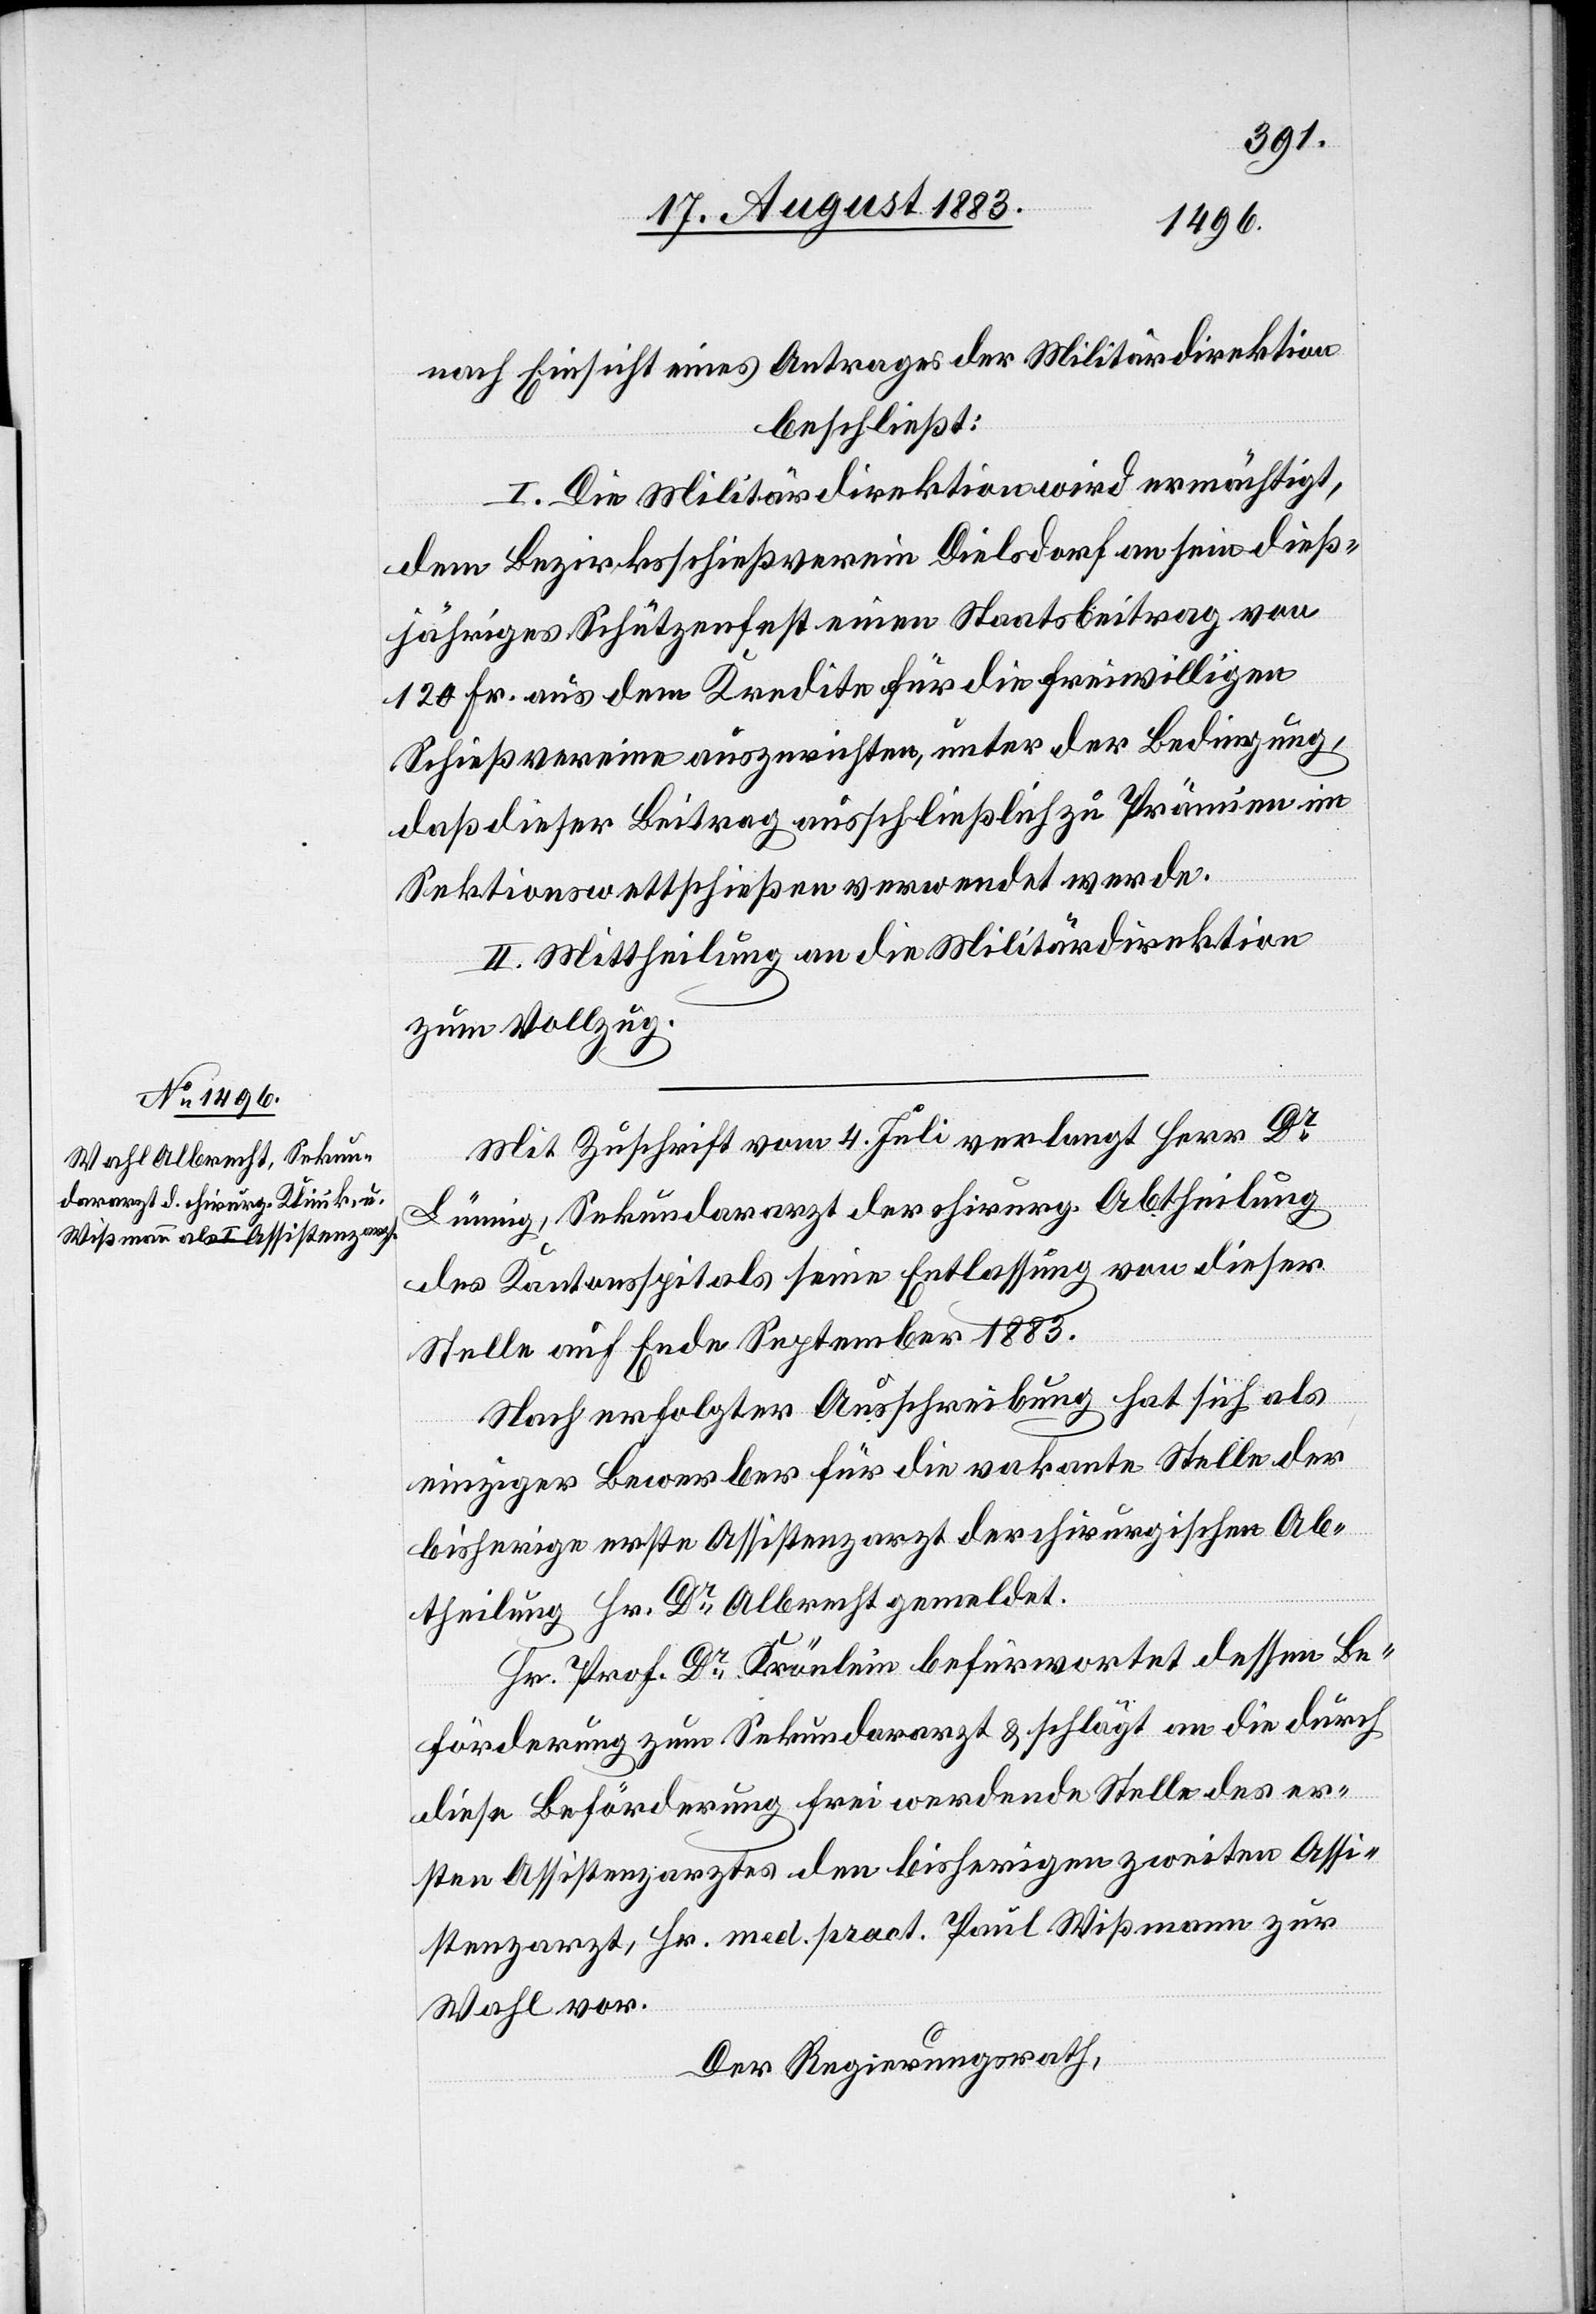
nach Einsicht eines Antrages der Militärdirektion,
beschließt:
I. Die Militärdirektion wird ermächtigt,
dem Bezirksschießverein Dielsdorf an sein dieß¬
jähriges Schützenfest einen Staatsbeitrag von
120 Fr. aus dem Kredite für die freiwilligen
Schießvereine auszurichten, unter der Bedingung,
daß dieser Beitrag ausschließlich zu Prämien im
Sektionswettschießen verwendet werde.
II. Mittheilung an die Militärdirektion
zum Vollzug.
Mit Zuschrift vom 4. Juli verlangt Herr Dr
Lünnig, Sekundararzt der chirurg. Abtheilung
des Kantonsspitals seine Entlassung von dieser
Stelle auf Ende September 1883.
Nach erfolgter Ausschreibung hat sich als
einziger Bewerber für die vakante Stelle der
bisherige erste Assistenzarzt der chirurgischen Ab¬
theilung Hr. Dr. Albrecht gemeldet.
Hr. Prof. Dr Krönlein befürwortet dessen Be¬
förderung zum Sekundararzt & schlägt an die durch
diese Beförderung frei werdende Stelle des er¬
sten Assistenzarztes den bisherigen zweiten Assi¬
stenzarzt, Hr. med. pract. Paul Wißmann zur
Wahl vor.
Der Regierungsrath,